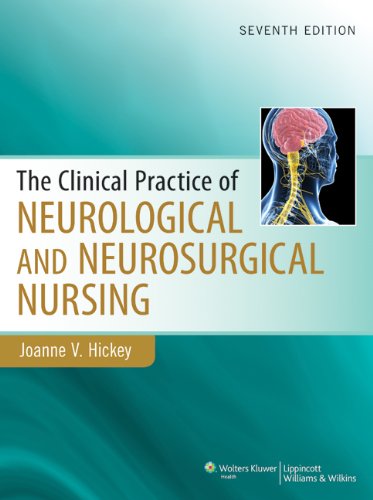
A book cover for Clinical Practice of Neurological & Neurosurgical Nursing (Clinical Practice of Neurological and Neurosurgical Nursing); Joanne Hickey PhD  RN  ACNP-BC  CNRN  F; Medical Books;